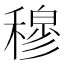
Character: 穆